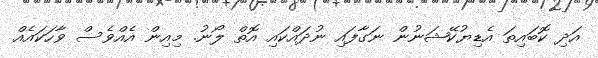
އަދި ކޮބައިތަ އެޑިޔުކޭޝަނުން ނަގާފައި ނުދައްކައި އޮތް ލޯނު. މިއިން އެއްވެސް ވާހަކައެއް